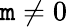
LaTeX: \mathtt{m}\ne0